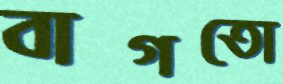
বাগতো